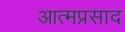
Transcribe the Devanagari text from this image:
आत्मप्रसाद